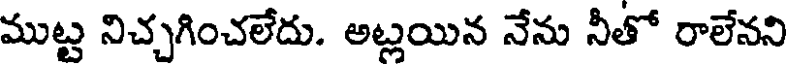
ముట్ట నిచ్చగించలేదు. అట్లయిన నేను నీతో రాలేనని